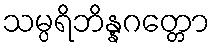
သမ္ပရိဘိန္နဂတ္တော